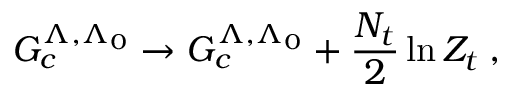
{ \cal { G } } _ { c } ^ { \Lambda , \Lambda _ { 0 } } \rightarrow { \cal { G } } _ { c } ^ { \Lambda , \Lambda _ { 0 } } + \frac { N _ { t } } { 2 } \ln Z _ { t } \; ,